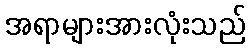
အရာများအားလုံးသည်